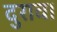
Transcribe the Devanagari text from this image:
दुराव।